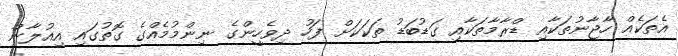
އެތަކެއް ހާޖާނުތަކާއި ޑްރާމާތަކާއި ގަޑުބަޑު ތަކަކަށް ފަހު ދިވެހީންގެ ނިންމުމެއްގެ ގޮތުގައި އިއުލާން